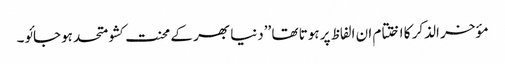
مؤخر الذکر کا اختتام ان الفاظ پر ہوتا تھا ’’دنیا بھر کے محنت کشو متحد ہوجائو۔